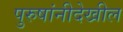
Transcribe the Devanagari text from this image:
पुरुषांनीदेखील